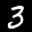
Label: 3